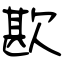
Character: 歁